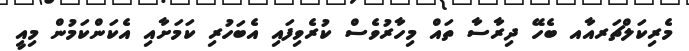
މެރިކަލްޗަރއާއ ބެހޭ ދިރާސާ ތައް މިހާރުވެސް ކުރެވިފައި އެބަހުރި ކަމަށާއި އެކަންކަމުން މިއީ